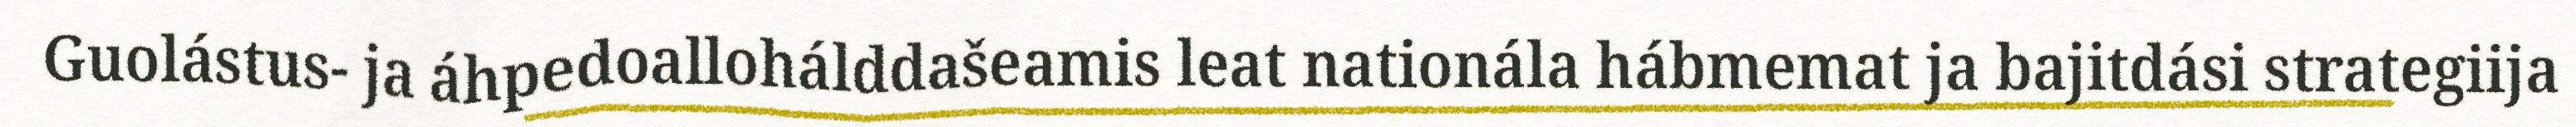
Guolástus- ja áhpedoallohálddašeamis leat nationála hábmemat ja bajitdási strategiija